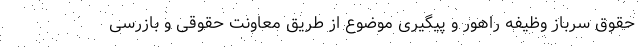
حقوق سرباز وظیفه راهور و پیگیری موضوع از طریق معاونت حقوقی و بازرسی